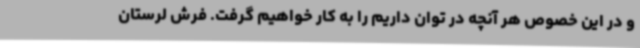
و در این خصوص هر آنچه در توان داریم را به کار خواهیم گرفت. فرش لرستان